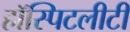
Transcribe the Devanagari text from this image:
हॉस्पिटलीटी